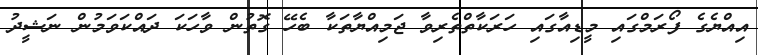
އިއްޔެގެ ފޯރަމްގައި މީޑިއާގައި ހަރަކާތްތެރިވާ ޖަމިއްޔާތަކާ ބެހޭ ގޮތުން ވާހަކަ ދައްކަވަމުން ނަޝީދު